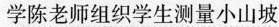
学陈老师组织学生测量小山坡